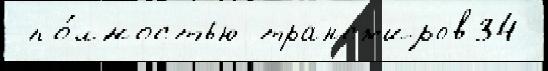
 по́лностью трансжиров34